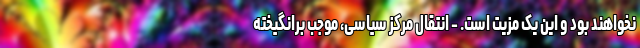
نخواهند بود و این یک مزیت است. - انتقال مرکز سیاسی، موجب برانگیخته